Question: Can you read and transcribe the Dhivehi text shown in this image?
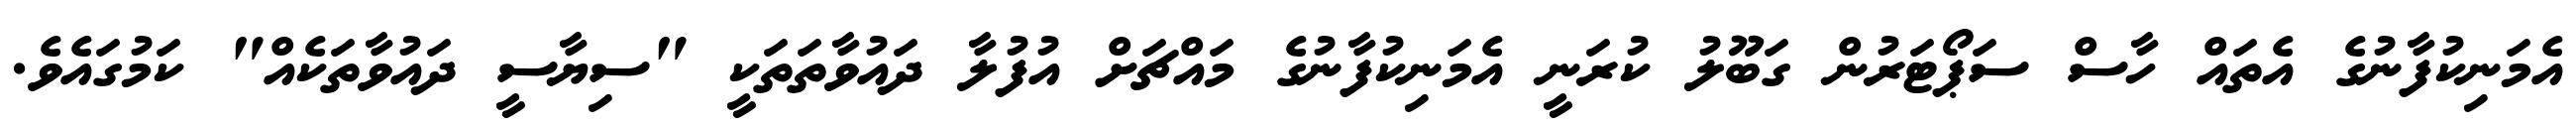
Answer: އެމަނިކުފާނުގެ އެތައް ހާސް ސަޕޯޓަރުން ގަބޫލު ކުރަނީ އެމަނިކުފާނުގެ މައްޗަށް އުފުލާ ދައުވާތަތަކީ "ސިޔާސީ ދައުވާތަކެއް" ކަމުގައެވެ.